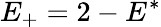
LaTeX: E_{+}=2-E^{*}